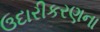
ઉદારીકરણના